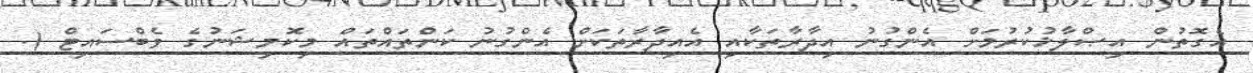
އެގޮތުން އިޞްލާޚުކުރުމަށް އެންގުނު އިދާރާތަކާއި އެއިދާރާތަކަށް އެންގުނު ކަންތައްތައް މިކޮމިޝަނުގެ ވެބްސައިޓް (.